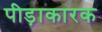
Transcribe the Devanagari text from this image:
पीड़ाकारक